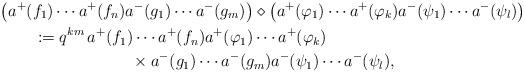
LaTeX: \begin{align*}& \big(a^+(f_1)\dotsm a^+(f_n)a^-(g_1)\dotsm a^-(g_m)\big)\diamond\big(a^+(\varphi_1)\dotsm a^+(\varphi_k)a^-(\psi_1)\dotsm a^-(\psi_l)\big)\\&\qquad:=q^{km}\,a^+(f_1)\dotsm a^+(f_n)a^+(\varphi_1)\dotsm a^+(\varphi_k)\\&\qquad\qquad\qquad\qquad\times a^-(g_1)\dotsm a^-(g_m)a^-(\psi_1)\dotsm a^-(\psi_l),\end{align*}